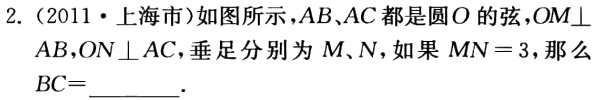
2.（2011·上海市）如图所示，\(AB、AC\)都是圆\(O\)的弦，\(OM\perp AB\)，\(ON\perp AC\)，垂足分别为\(M、N\)，如果\(MN = 3\)，那么\(BC=\underline{}\)．